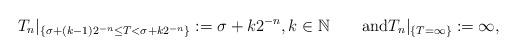
LaTeX: \begin{align*}T_{n}|_{\{\sigma+(k-1)2^{-n}\leq T<\sigma+k2^{-n}\}}:=\sigma+k2^{-n},k\in\mathbb{N}\qquad\textrm{and}T_{n}|_{\{T=\infty\}}:=\infty,\end{align*}